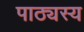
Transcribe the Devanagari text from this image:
पाठ्यस्य